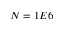
N = 1 E 6